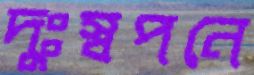
দুঃস্বপনে